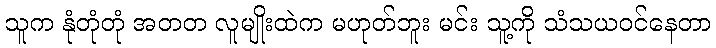
သူက နုံတုံတုံ အတတ လူမျိုးထဲက မဟုတ်ဘူး မင်း သူ့ကို သံသယဝင်နေတာ